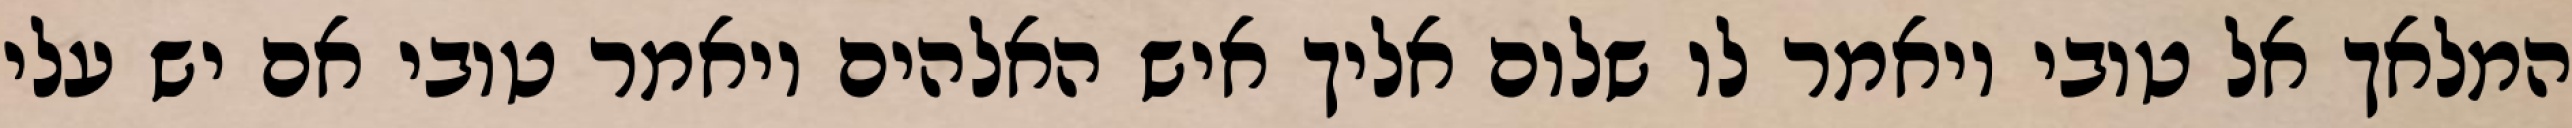
המלאך אל טובי ויאמר לו שלום אליך איש האלהים ויאמר טובי אם יש עלי